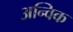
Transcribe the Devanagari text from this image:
अन्विक